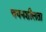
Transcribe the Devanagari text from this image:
चयनशीलता